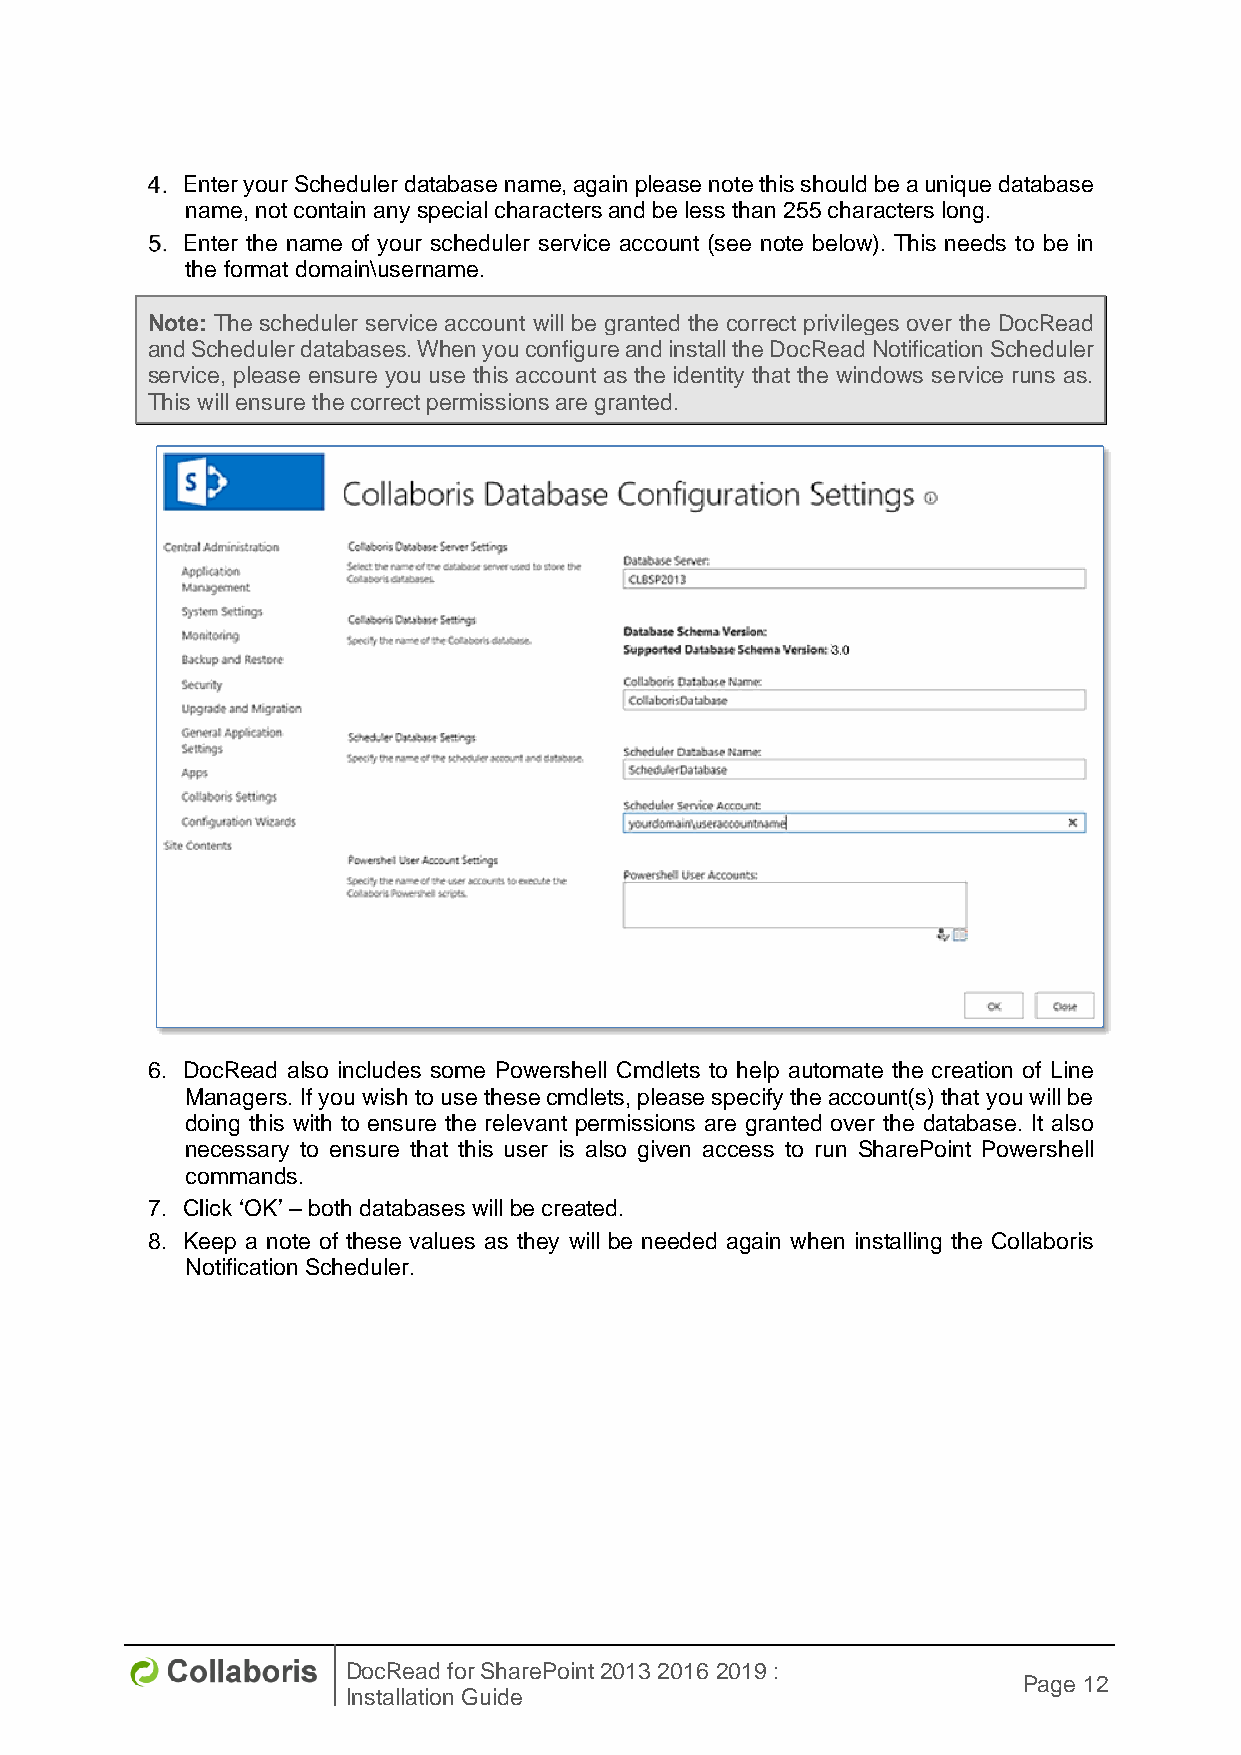
Enter your Scheduler database name, again please note this should be a unique database
 name, not contain any special characters and be less than 255 characters long.
 Enter the name of your scheduler service account (see note below). This needs to be in
 the format domain\username.
 Note: The scheduler service account will be granted the correct privileges over the DocRead
 and Scheduler databases. When you configure and install the DocRead Notification Scheduler
 service, please ensure you use this account as the identity that the windows service runs as.
 This will ensure the correct permissions are granted.
 6. DocRead also includes some Powershell Cmdlets to help automate the creation of Line
 Managers. If you wish to use these cmdlets, please specify the account(s) that you will be
 doing this with to ensure the relevant permissions are granted over the database. It also
 necessary to ensure that this user is also given access to run SharePoint Powershell
 commands.
 7. Click ‘OK’ – both databases will be created.
 8. Keep a note of these values as they will be needed again when installing the Collaboris
 Notification Scheduler.
 DocRead for SharePoint 2013 2016 2019 :
 Page 12
 Installation Guide